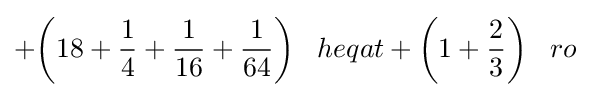
+{\bigg (}18+{\frac {1}{4}}+{\frac {1}{16}}+{\frac {1}{64}}{\bigg )}\;\;\;heqat+{\bigg (}1+{\frac {2}{3}}{\bigg )}\;\;\;ro